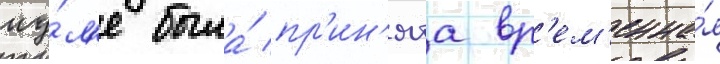
иу́л'е была́ пр'ин'ята вр'ем'енна́я